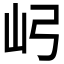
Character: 𫝳